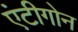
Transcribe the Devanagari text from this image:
एंटीगोन